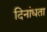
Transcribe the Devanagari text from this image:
दिनांधता